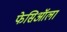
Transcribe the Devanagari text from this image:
फेसिऑला